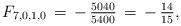
LaTeX: \begin{align*}F_{7,0,1,0}\,=\,-\,\tfrac{5040}{5400}\,=\,-\,\tfrac{14}{15},\end{align*}